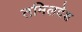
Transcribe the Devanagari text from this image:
तमिलदेश